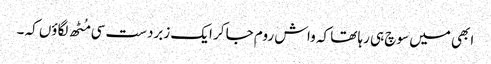
ابھی میں سوچ ہی رہا تھا کہ واش روم جا کر ایک زبردست سی مُٹھ لگاؤں کہ ۔